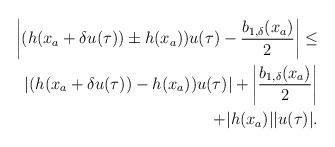
LaTeX: \begin{align*}\begin{aligned}\left|(h(x_a+\delta u(\tau))\pm h(x_a))u(\tau)-\dfrac{b_{1,\delta}(x_a)}{2}\right| \le\\\left|(h(x_a+\delta u(\tau))- h(x_a))u(\tau)\right|+\left|\dfrac{b_{1,\delta}(x_a)}{2}\right|\\+|h(x_a)||u(\tau)|.\end{aligned}\end{align*}